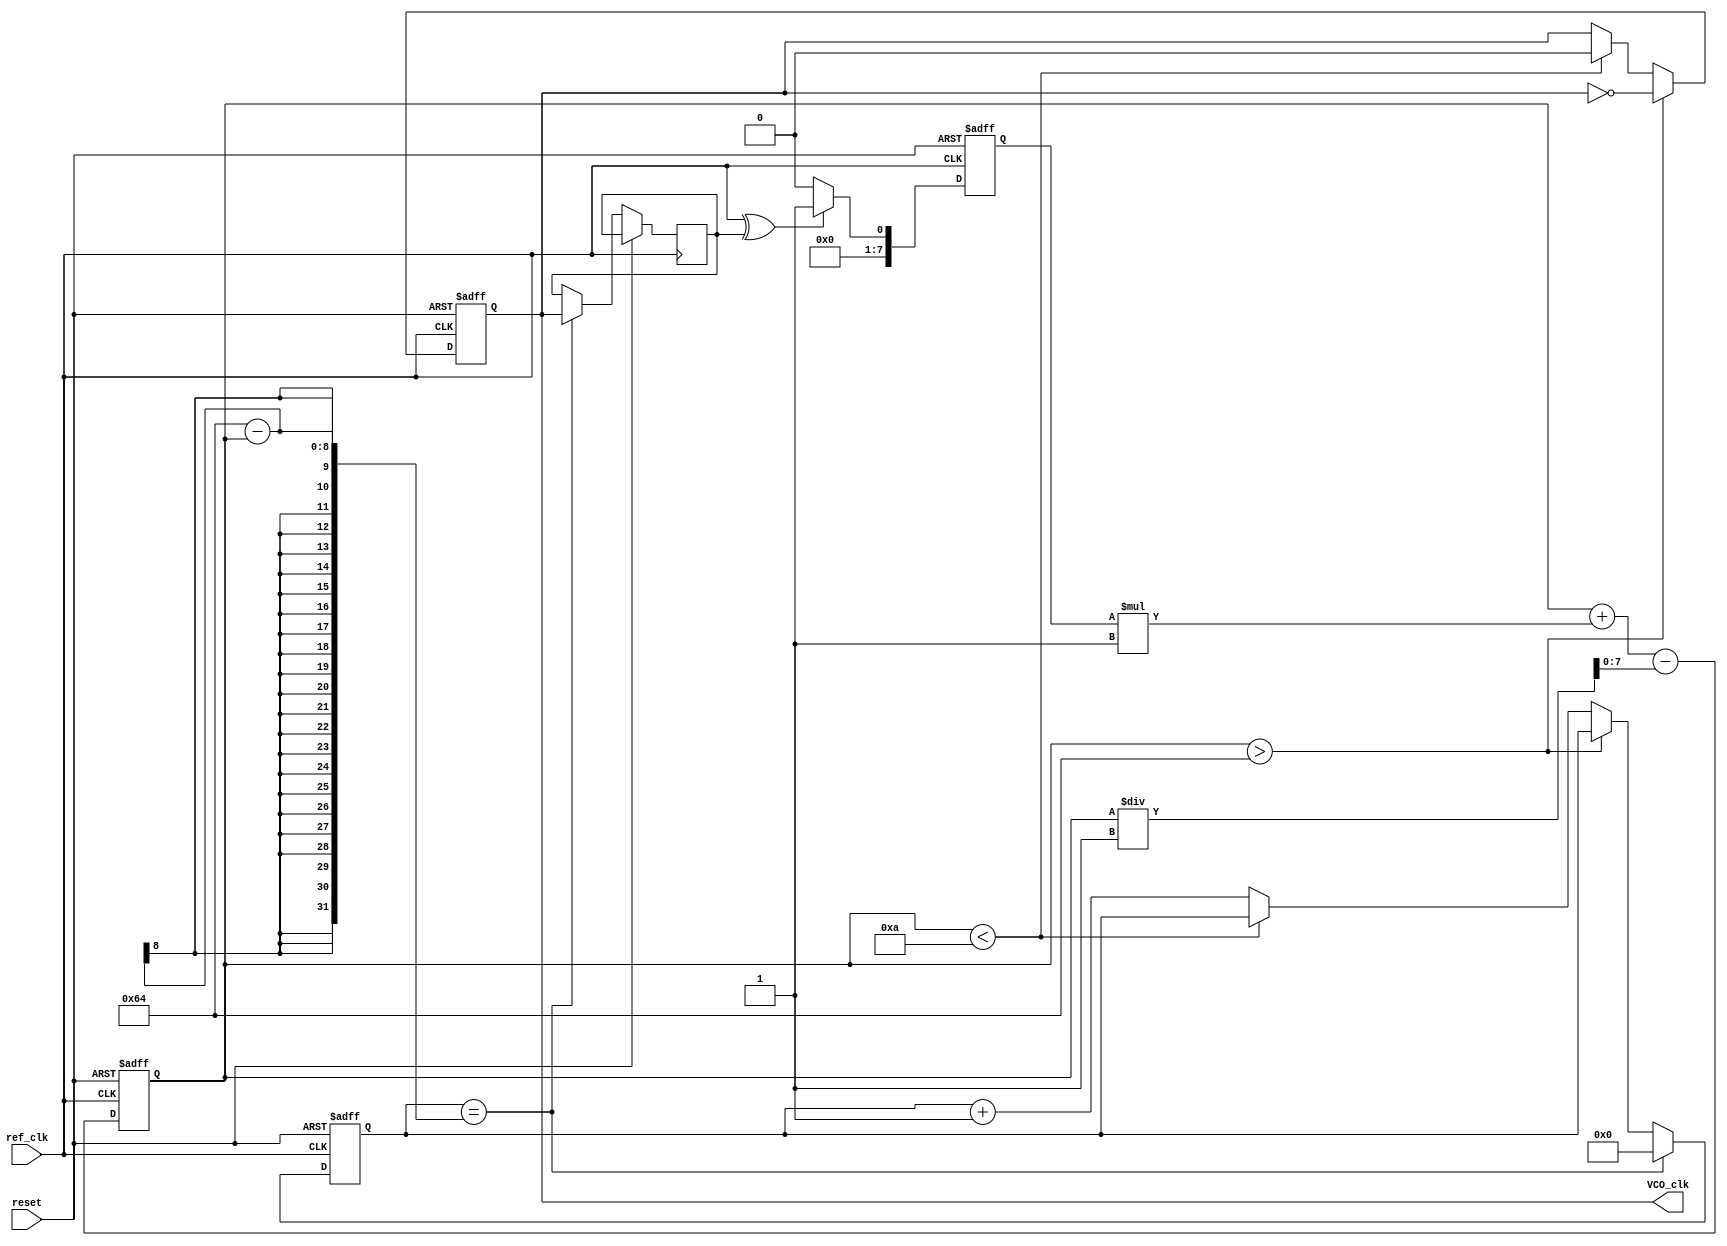
module DPLL (
    input wire ref_clk,      // Reference clock input
    input wire reset,        // Asynchronous reset
    output reg VCO_clk       // VCO output clock
);

    // Parameters
    parameter integer VCO_MAX = 100; // Max VCO frequency
    parameter integer VCO_MIN = 10;   // Min VCO frequency
    parameter integer PI_GAIN = 1;    // Gain for PI filter
    parameter integer FILTER_COEF = 1; // Coefficient for feedback smoothing

    // Internal signals
    reg [7:0] phase_error;  // Phase error signal
    reg [7:0] Vctrl;         // Control voltage from Loop Filter
    reg fb_clk;              // Feedback clock signal
    reg [3:0] div_count;     // Divider count for feedback scaling

    // Phase Detector: Simple XOR for phase comparison
    always @(posedge ref_clk or posedge reset) begin
        if (reset) 
            phase_error <= 0;
        else begin
            phase_error <= (ref_clk ^ fb_clk) ? 1 : 0; // Example phase error calculation
        end
    end

    // Loop Filter: Simple PI filter
    always @(posedge ref_clk or posedge reset) begin
        if (reset) 
            Vctrl <= 0;
        else 
            Vctrl <= Vctrl + (phase_error * PI_GAIN) - (Vctrl / FILTER_COEF);
    end

    // Voltage-Controlled Oscillator: Based on control voltage
    always @(posedge ref_clk or posedge reset) begin
        if (reset) begin
            VCO_clk <= 0;
            div_count <= 0;
        end else begin
            // Simple VCO implementation: adjust frequency based on control voltage
            if (Vctrl > VCO_MAX)
                VCO_clk <= ~VCO_clk; // Toggle output for max frequency
            else if (Vctrl < VCO_MIN)
                VCO_clk <= 0; // Set low for min frequency
            else 
                div_count <= div_count + 1;

            // Example divider for feedback clock
            if (div_count == (VCO_MAX - Vctrl)) begin // Adjust this condition for your divider
                fb_clk <= VCO_clk;
                div_count <= 0;
            end
        end
    end

endmodule